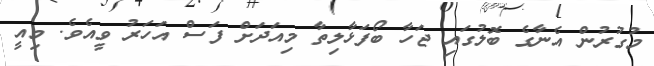
މުގުރުން އެނާގެ ބޮލުގައި ޖަހާ ބޯފަޅާލިތާ މިއަދަށް ފަސް އަހަރު ވީއެވެ. މިއީ